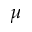
\mu